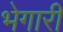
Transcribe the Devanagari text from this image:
भेगारी